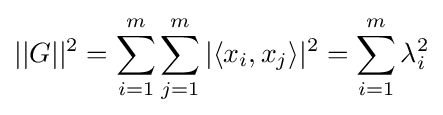
||G||^{2}=\sum _{i=1}^{m}\sum _{j=1}^{m}|\langle x_{i},x_{j}\rangle |^{2}=\sum _{i=1}^{m}\lambda _{i}^{2}